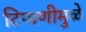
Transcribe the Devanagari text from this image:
टिप्पणीमुळे